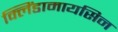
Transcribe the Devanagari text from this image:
क्लिंडामायसिन